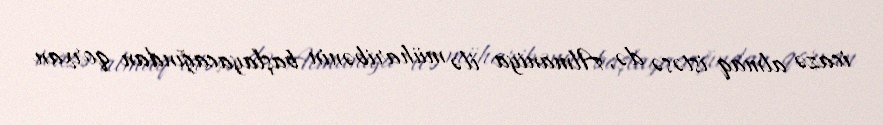
icazə almaq istəsə də, Almaniya ilə müharibənin başlayacağından qorxan